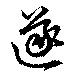
遂